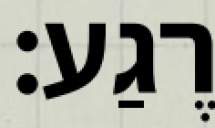
רֶגַע: